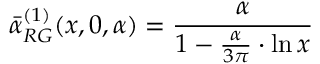
\bar { \alpha } _ { R G } ^ { ( 1 ) } ( x , 0 , \alpha ) = \frac { \alpha } { 1 - \frac { \alpha } { 3 \pi } \cdot \ln x }